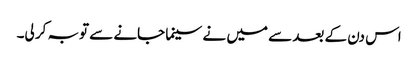
اس دن کے بعد سے میں نے سینما جانے سے توبہ کر لی۔